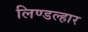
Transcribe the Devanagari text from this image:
लिण्डल्हार